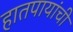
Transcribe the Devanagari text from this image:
हातपायांची